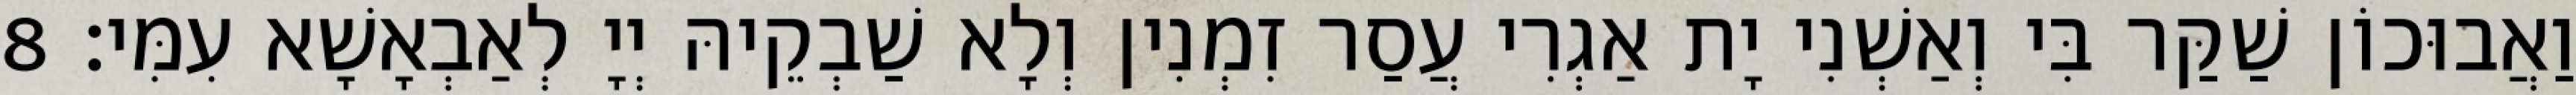
וַאֲבוּכוֹן שַׁקַּר בִּי וְאַשְׁנִי יָת אַגְרִי עֲסַר זִמְנִין וְלָא שַׁבְקֵיהּ יְיָ לְאַבְאָשָׁא עִמִּי׃ 8